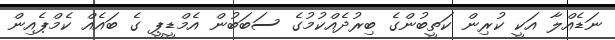
ނަޑެއްލާ އަކީ ކުރިން ކަތީބުންގެ ބިރުދެއްކުމުގެ ސަބަބުން އެމްޑީޕީ ގެ ބައެއް ކެމްޕެއިން